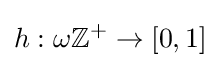
h:\omega \mathbb {Z} ^{+}\rightarrow \left[0,1\right]